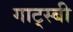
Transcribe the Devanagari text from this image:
गाट्स्बी